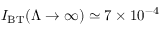
I _ { \mathrm { B T } } ( \Lambda \to \infty ) \simeq 7 \times 1 0 ^ { - 4 }